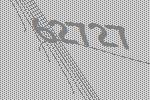
62727